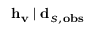
\mathbf { h } _ { \mathbf { v } } \mid \mathbf { d } _ { s , \mathbf { o b s } }